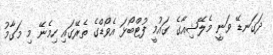
ދަގަނޑޭ ވަނީ މެލޭޝިއާގެ ގައުމީ ފުޓްބޯޅަ އެވޯޑްގެ ތެރޭގައި ހިމެނޭ މި މަގާމު